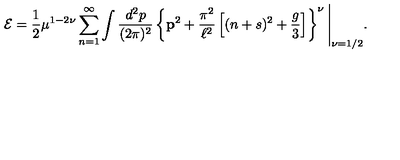
{ \cal E } = \frac { 1 } { 2 } \mu ^ { 1 - 2 \nu } \sum _ { n = 1 } ^ { \infty } \int \frac { d ^ { 2 } p } { ( 2 \pi ) ^ { 2 } } \left\{ { \bf p } ^ { 2 } + \frac { \pi ^ { 2 } } { \ell ^ { 2 } } \left[ ( n + s ) ^ { 2 } + \frac { g } { 3 } \right] \right\} ^ { \nu } \Bigg | _ { \nu = 1 / 2 } .